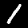
Digit: 1